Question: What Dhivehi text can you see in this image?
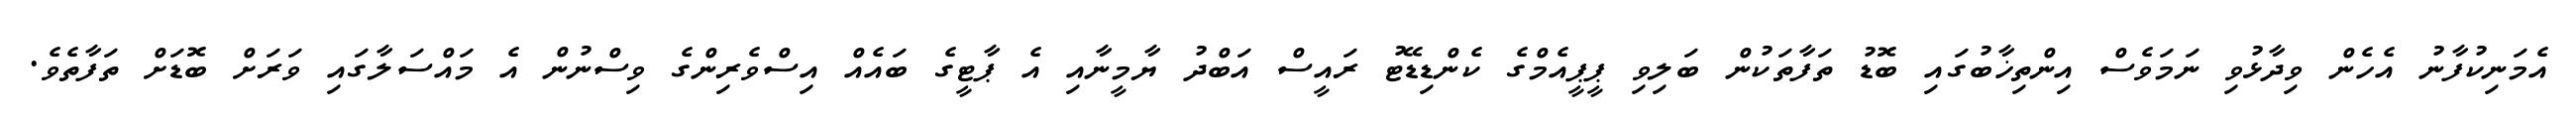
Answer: އެމަނިކުފާނު އެހެން ވިދާޅުވި ނަމަވެސް އިންތިޚާބުގައި ބޮޑު ތަފާތަކުން ބަލިވި ޕީޕީއެމްގެ ކެންޑިޑޭޓު ރައީސް އަބްދު ޔާމީނާއި އެ ޕާޓީގެ ބައެއް އިސްވެރިންގެ ވިސްނުން އެ މައްސަލާގައި ވަރަށް ބޮޑަށް ތަފާތެވެ.